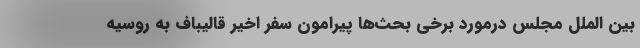
بین الملل مجلس درمورد برخی بحث‌ها پیرامون سفر اخیر قالیباف به روسیه